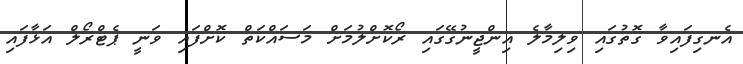
އެނގިފައިވާ ގޮތުގައި ވިލިމާލެ އިންޖީނުގޭގައި ރޯކޮށްލުމަށް މަސައްކަތް ކޮށްފައި ވަނީ ޕެޓްރޯލް އަޅާފައި